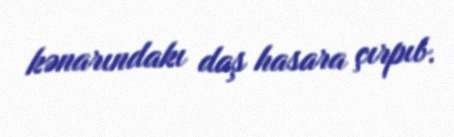
kənarındakı daş hasara çırpıb.